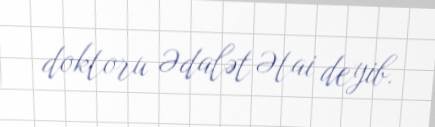
doktoru Ədalət Ətai deyib.